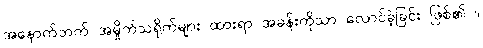
အနောက်ဘက် အမှိုက်သရိုက်များ ထားရာ အခန်းကိုသာ လောင်ခဲ့ခြင်း ဖြစ်၏ ။